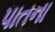
પાતના